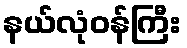
နယ်လုံဝန်ကြီး